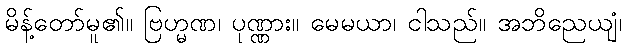
မိန့်တော်မူ၏။ ဗြဟ္မဏ၊ ပုဏ္ဏား။ မေမယာ၊ ငါသည်။ အဘိညေယျံ၊